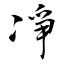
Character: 凈